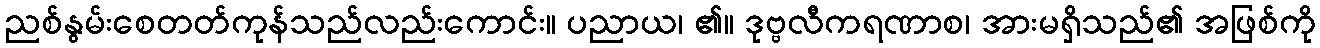
ညစ်နွမ်းစေတတ်ကုန်သည်လည်းကောင်း။ ပညာယ၊ ၏။ ဒုဗ္ဗလီကရဏာစ၊ အားမရှိသည်၏ အဖြစ်ကို